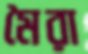
মৈরা